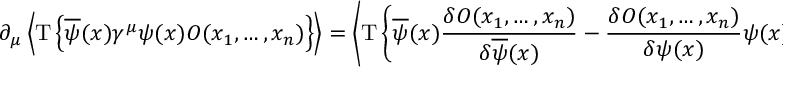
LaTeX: \partial _ { \mu } \left\langle \mathrm { T } \left\lbrace \overline { { \psi } } ( x ) \gamma ^ { \mu } \psi ( x ) { \cal O } ( x _ { 1 } , \ldots , x _ { n } ) \right\rbrace \right\rangle = \left\langle \mathrm { T } \left\lbrace \overline { { \psi } } ( x ) { \frac { \delta { \cal O } ( x _ { 1 } , \ldots , x _ { n } ) } { \delta { \overline { { \psi } } } ( x ) } } - { \frac { \delta { \cal O } ( x _ { 1 } , \ldots , x _ { n } ) } { \delta { \psi } ( x ) } } \psi ( x ) \right\rbrace \right\rangle \; \; .